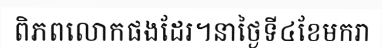
ពិភពលោកផងដែរ។នាថ្ងៃទី៤ខែមករា